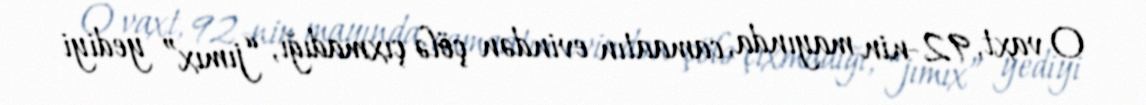
O vaxt, 92-nin mayında, camaatın evindən çölə çıxmadığı, “jımıx” yediyi